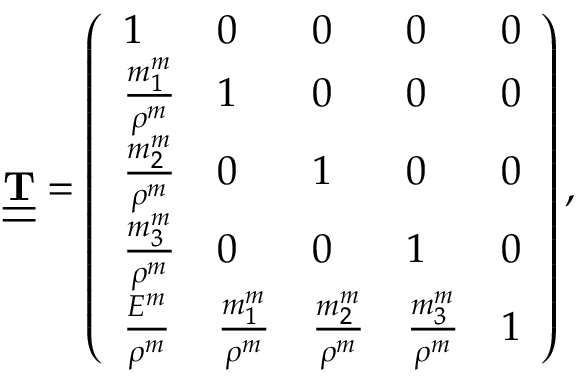
\begin{array} { r } { \underline { { \underline { { \bf T } } } } = \left( \begin{array} { l l l l l } { 1 } & { 0 } & { 0 } & { 0 } & { 0 } \\ { \frac { m _ { 1 } ^ { m } } { \rho ^ { m } } } & { 1 } & { 0 } & { 0 } & { 0 } \\ { \frac { m _ { 2 } ^ { m } } { \rho ^ { m } } } & { 0 } & { 1 } & { 0 } & { 0 } \\ { \frac { m _ { 3 } ^ { m } } { \rho ^ { m } } } & { 0 } & { 0 } & { 1 } & { 0 } \\ { \frac { E ^ { m } } { \rho ^ { m } } } & { \frac { m _ { 1 } ^ { m } } { \rho ^ { m } } } & { \frac { m _ { 2 } ^ { m } } { \rho ^ { m } } } & { \frac { m _ { 3 } ^ { m } } { \rho ^ { m } } } & { 1 } \end{array} \right) , } \end{array}